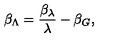
\beta _ { \Lambda } = \frac { \beta _ { \lambda } } { \lambda } - \beta _ { G } ,